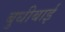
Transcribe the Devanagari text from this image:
बुधीबाई